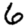
Digit: 6